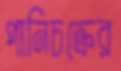
পানিচক্রের